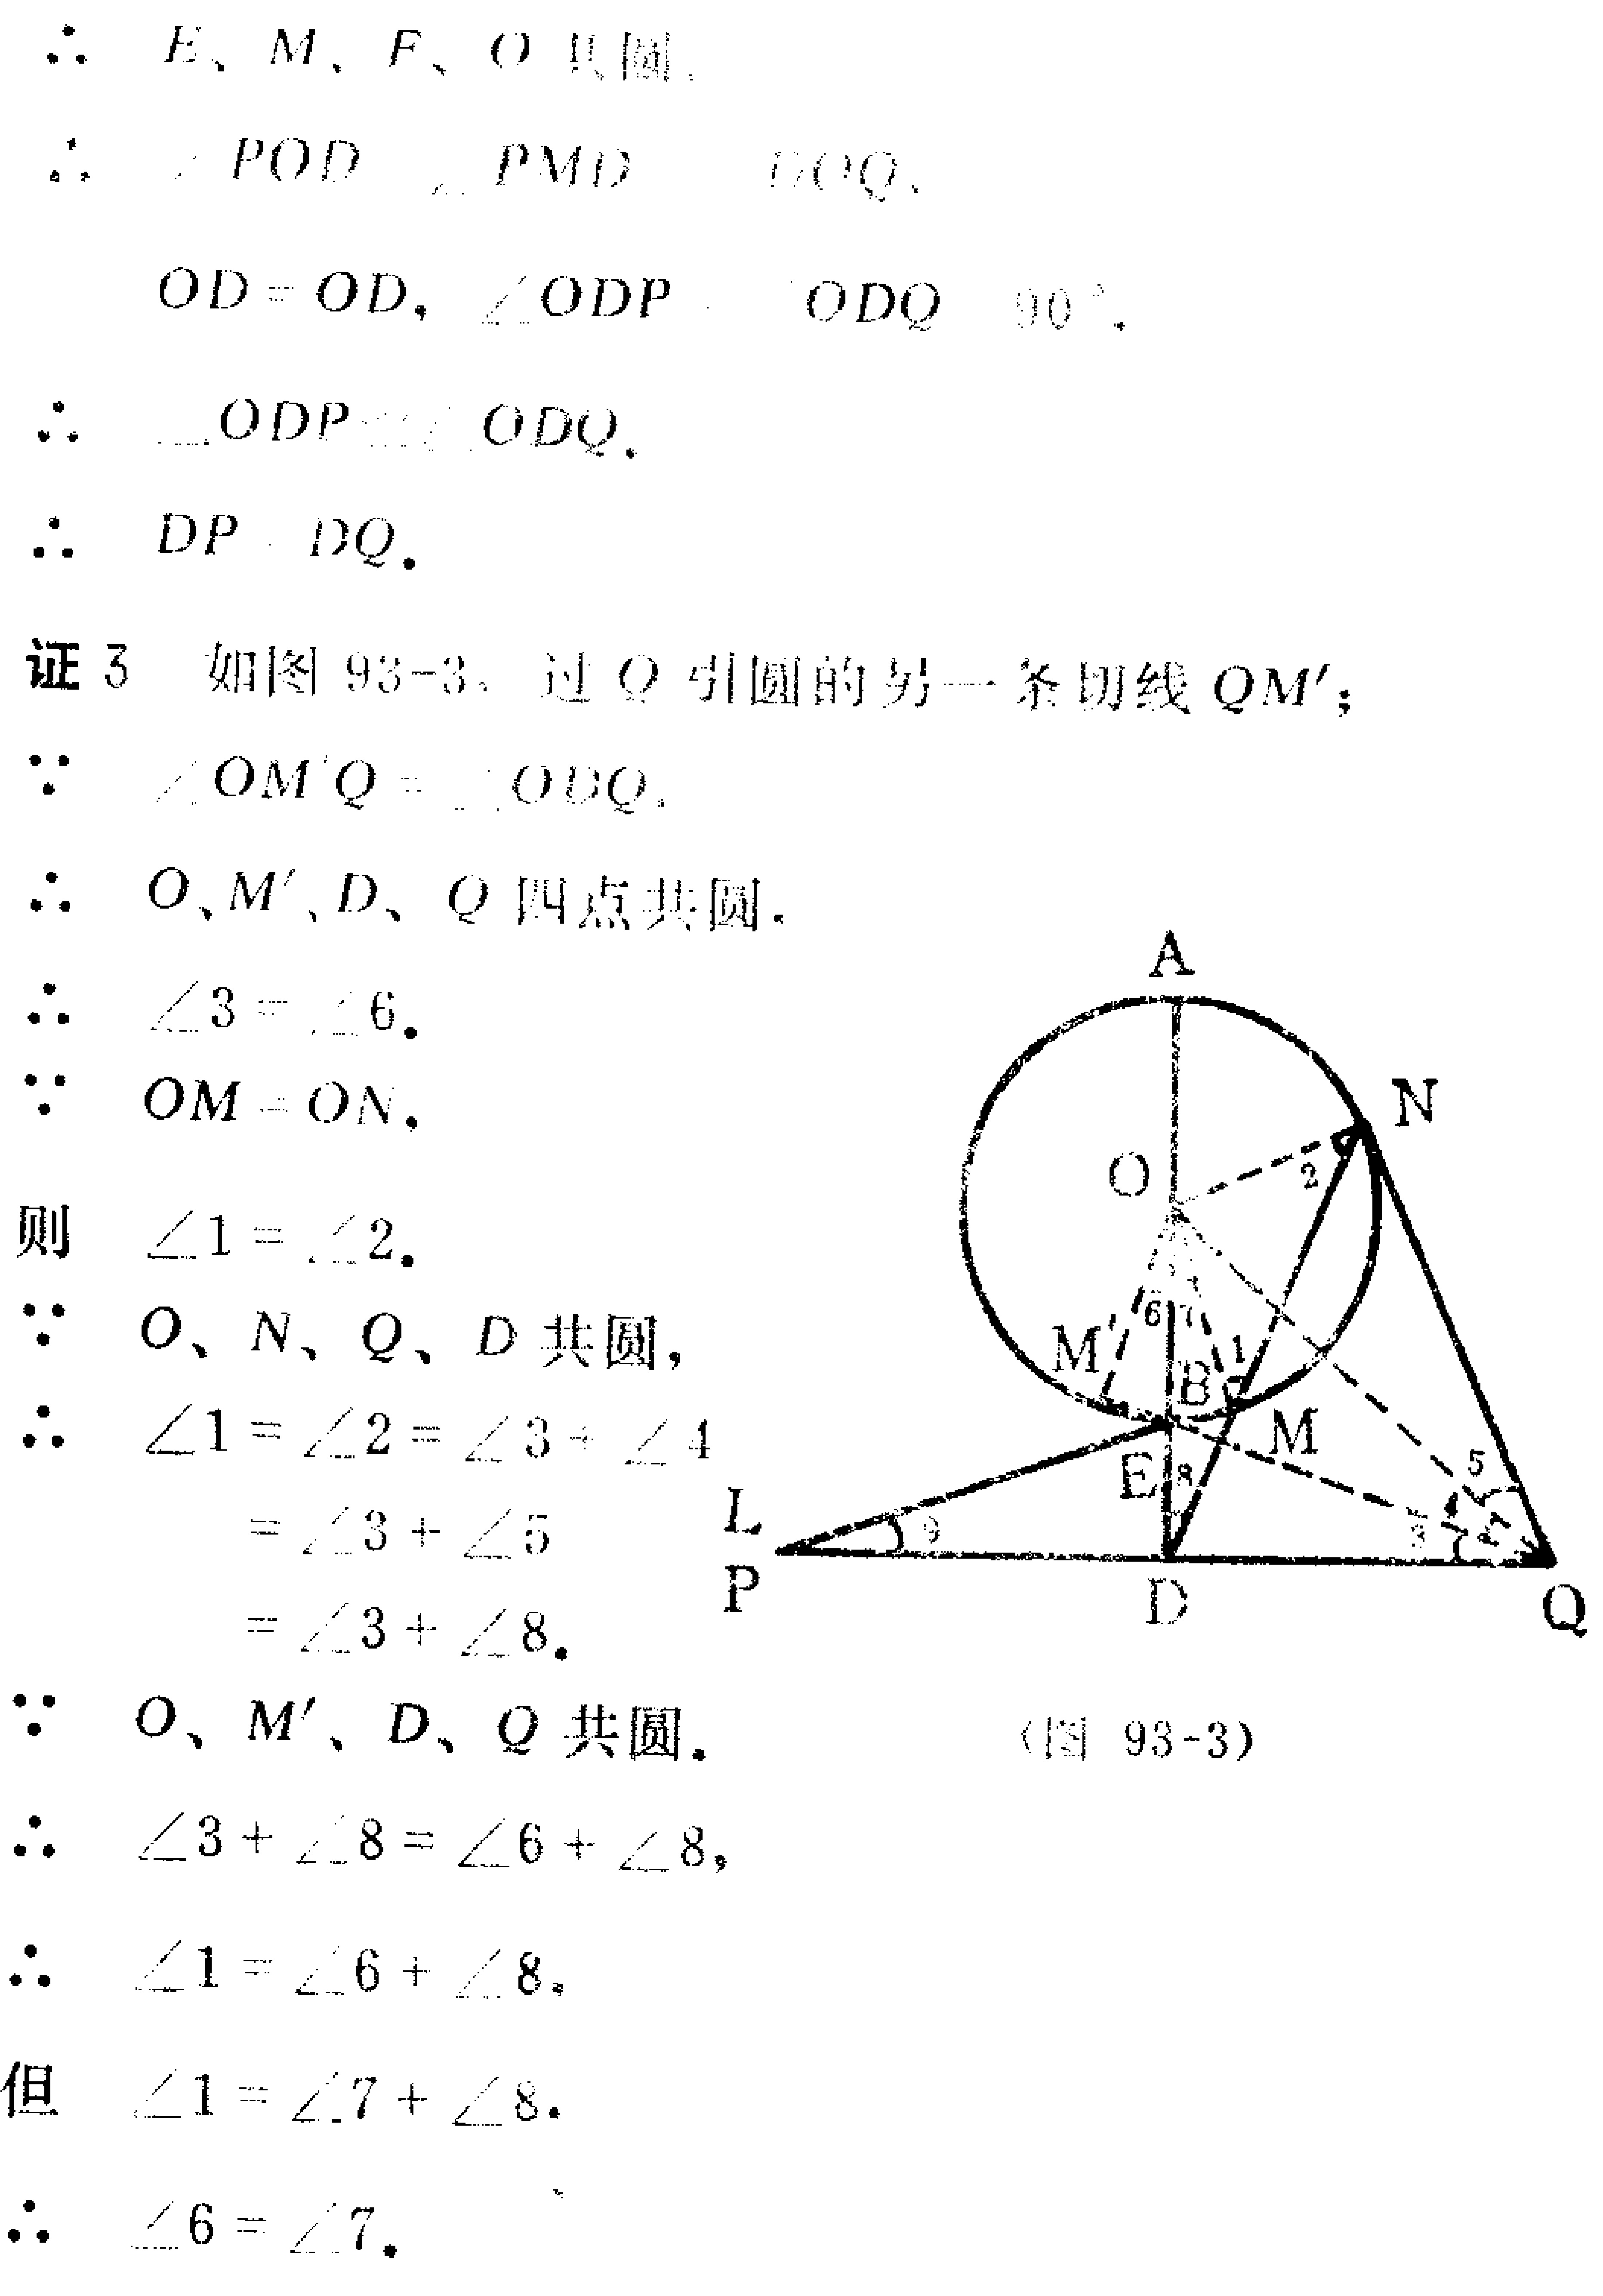
\(\therefore E、M、F、O\) 共圆.
\(\therefore \angle POD=\angle PMD=\angle EOQ.\)
\(OD = OD,\angle ODP=\angle ODQ = 90^{\circ}.\)
\(\therefore \triangle ODP\cong\triangle ODQ.\)
\(\therefore DP = DQ.\)
证 3 如图 93 - 3. 过 \(Q\) 引圆的另一条切线 \(QM'\)；
\(\because \angle OM'Q=\angle ODQ.\)
\(\therefore O、M'、D、Q\) 四点共圆.
\(\therefore \angle 3=\angle 6.\)
\(\because OM = ON.\)
则 \(\angle 1=\angle 2.\)
\(\because O、N、Q、D\) 共圆,
\(\therefore \angle 1=\angle 2=\angle 3+\angle 4\)
\(=\angle 3+\angle 5\)
\(=\angle 3+\angle 8.\)
\(\because O、M'、D、Q\) 共圆.
\(\therefore \angle 3+\angle 8=\angle 6+\angle 8,\)
\(\therefore \angle 1=\angle 6+\angle 8.\)
但 \(\angle 1=\angle 7+\angle 8.\)
\(\therefore \angle 6=\angle 7.\) （图 93 - 3）